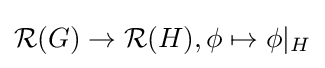
{\mathcal {R}}(G)\to {\mathcal {R}}(H),\phi \mapsto \phi |_{H}